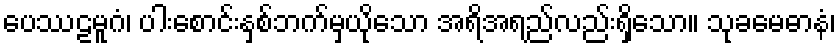
ပေဿဠမူဂံ၊ ပါးစောင်းနှစ်ဘက်မှယိုသော အရိအရည်လည်းရှိသော။ သုခမေဓာနံ၊